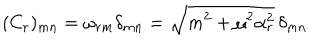
LaTeX: ( C _ { r } ) _ { m n } = \omega _ { r m } \delta _ { m n } = \sqrt { m ^ { 2 } + \mu ^ { 2 } \alpha _ { r } ^ { 2 } } \, \delta _ { m n }